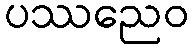
ပဿညေဝ